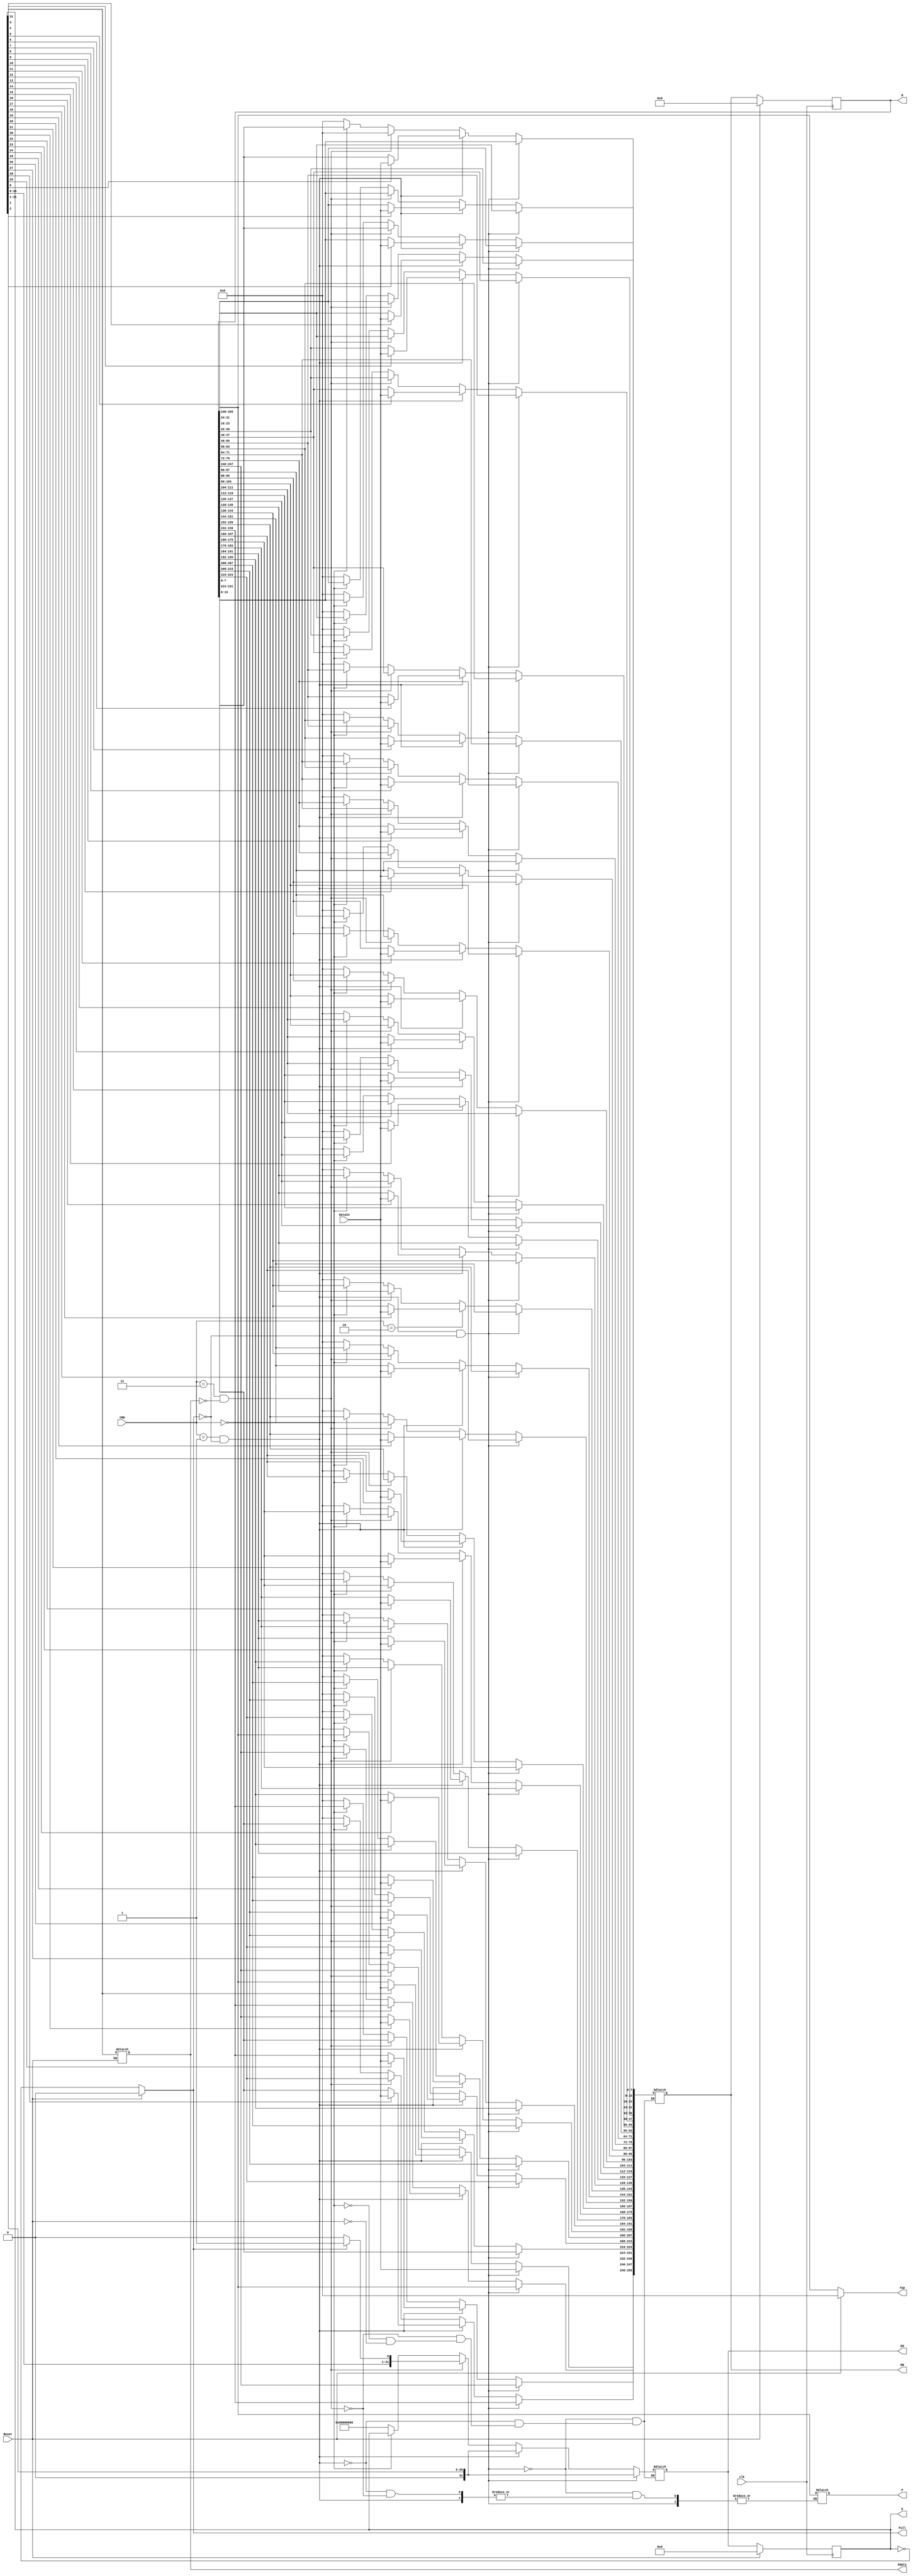
`define HOLD 2'b00
`define INSERT_END 2'b01
`define INSERT_FRONT 2'b10
`define POP 2'b11

module FlexibleInsertStack
#(parameter N = 32, parameter W = 8)
(
    input clk, Reset,
    input [1:0] CMD,
    input [W-1:0] DataIn,
    output reg Empty,
    output reg Full,
    output reg [W-1:0] Top,

    output reg [N*W-1:0] R, //Stack
    output reg [N*W-1:0] RN, //Next Stack
    output reg [N-1:0] E, //Enable pointer
    output reg [N-1:0] EN, //Next Enable pointer
    output reg [W-1:0] P //Popped word
);    
    integer i;
    always @(posedge clk)
        if(Reset)
            begin
                R <= 0;//Initialize stacks with zeros
                E <= 0;
            end 
        else
            begin
                R <= RN;
                E <= EN;
            end
    always @(*)
            begin
               if(Reset)
                    begin
                        RN <= 0; //Initialize stacks with zeros
                        EN <= {1'b1, {N-1{1'b0}}}; // ie EN = 1000
                        Top <= 0;
                        Full <= 0;
                    end 
                else
                    begin
                        Top <= R[N*W-1:N*W-W];
                        Empty <= (E[N-1]);
                        Full <= (E==0);
                 end
            //Insert Front
                if(CMD == `INSERT_FRONT && ~Full)
                    begin
                        RN <= {DataIn,R[W*N-1:W]}; 
                        EN <= {1'b0,E[N-1:1]};
                    end
            //Insert  end
                else if(CMD == `INSERT_END && ~Full)
                    begin
                        for(i=N-1; i >= 0; i=i-1)
                            begin
                                if(E[i])
                                    RN[W*i+:W] <= DataIn;
                                else    
                                    RN[W*i+:W] <= R[W*i+:W];
                            end
                        EN <= {1'b0,E[N-1:1]};
                    end
    
                else if(CMD == `POP && ~Empty)
                    begin
                        if(Full) 
                            EN <= {E[N-2:0],1'b1};
                        else
                            EN <= {E[N-2:0],1'b0};
                        
                    
                        
                        RN <= {R[W*N-W-1:0], {W{1'b0}}};
                        P <= {R[W*N-1: W*N-W]}; 
                    end
                else if(CMD == `HOLD)
                    begin
                        RN <= R;
                        EN <= E;
                    end
            end   
endmodule

`timescale 1ns/1ns

module Test_FlexibleInsertStack;
    reg clk;
    reg Reset;
    reg [1:0] CMD;
    reg [7:0] DataIn;
    wire Empty;
    wire Full;
    wire [7:0] Top;
    wire [255:0] R;
    wire [255:0] RN;
    wire [31:0] E;
    wire [31:0] EN;
    wire [7:0] P;

    // Instantiate the FlexibleInsertStack module
    FlexibleInsertStack #(32, 8) uut (
        .clk(clk),
        .Reset(Reset),
        .CMD(CMD),
        .DataIn(DataIn),
        .Empty(Empty),
        .Full(Full),
        .Top(Top),
        .R(R),
        .RN(RN),
        .E(E),
        .EN(EN),
        .P(P)
    );

    // Clock generation
    always begin
        #5 clk = ~clk; // Toggle the clock every 5 ns
    end

    // Initializations
    initial begin
        clk = 0;
        Reset = 0;
        CMD = `HOLD;
        DataIn = 8'h00;
        #10 Reset = 1; // Assert reset for 10 ns
        #10 Reset = 0; // Release reset

        // Test cases
        // You can add more test cases here

        // Example: Insert data at the front
        CMD = `INSERT_FRONT;
        DataIn = 8'h42;
        #10;
        CMD = `HOLD;
        #10;

        // Example: Insert data at the end
        CMD = `INSERT_END;
        DataIn = 8'hFF;
        #10;
        CMD = `HOLD;
        #10;

        // Example: Pop data
        CMD = `POP;
        #10;
        CMD = `HOLD;
        #10;

        // Finish simulation
        $finish;
    end

    // Add waveform dumping, if needed
    // You can use $dumpvars to create a VCD file for simulation waveform analysis

endmodule